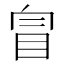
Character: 𥅉